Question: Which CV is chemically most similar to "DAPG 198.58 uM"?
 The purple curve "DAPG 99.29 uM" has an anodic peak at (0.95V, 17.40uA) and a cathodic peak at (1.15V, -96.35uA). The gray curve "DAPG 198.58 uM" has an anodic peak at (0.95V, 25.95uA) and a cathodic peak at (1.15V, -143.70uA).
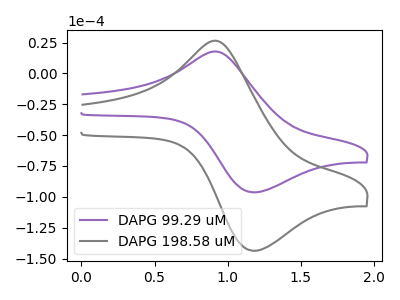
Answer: <think>All the peaks in "DAPG 99.29 uM" have a peak in "DAPG 198.58 uM" at the same potential. Every peak in "DAPG 99.29 uM" is lower than every peak in "DAPG 198.58 uM".
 </think>
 <answer>The CV with the most similar shape to "DAPG 99.29 uM" is "DAPG 198.58 uM".</answer>
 <eval>"DAPG 198.58 uM"</eval>